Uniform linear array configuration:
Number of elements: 64
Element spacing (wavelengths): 0.5
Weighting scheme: uniform
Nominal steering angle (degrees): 30
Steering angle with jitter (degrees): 31.948
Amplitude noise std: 0.05
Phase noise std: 0.05

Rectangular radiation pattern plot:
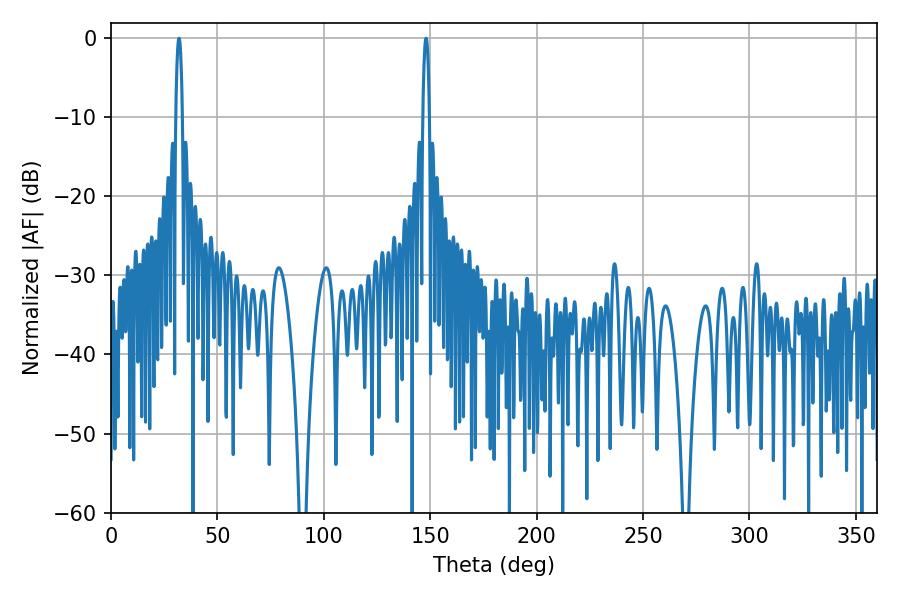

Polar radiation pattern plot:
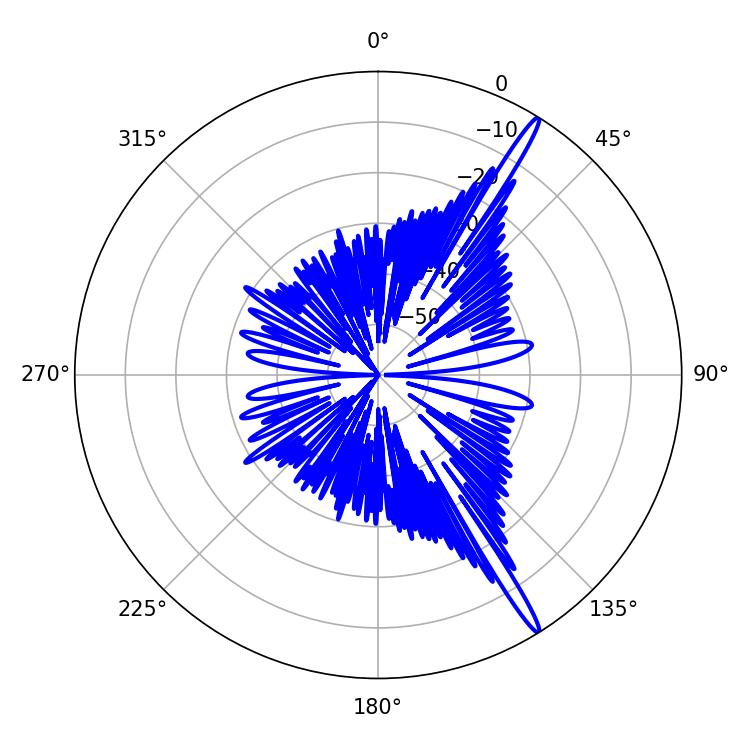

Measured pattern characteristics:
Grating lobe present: FALSE
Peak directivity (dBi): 17.108
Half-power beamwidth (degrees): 1.62
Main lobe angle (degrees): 148.14